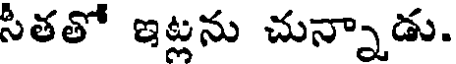
సీతతో ఇట్లను చున్నాడు.